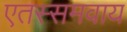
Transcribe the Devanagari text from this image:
एतस्समवाय